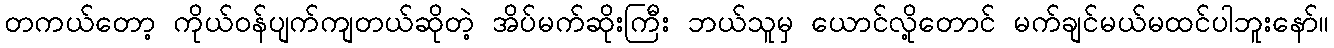
တကယ်တော့ ကိုယ်ဝန်ပျက်ကျတယ်ဆိုတဲ့ အိပ်မက်ဆိုးကြီး ဘယ်သူမှ ယောင်လို့တောင် မက်ချင်မယ်မထင်ပါဘူးနော်။